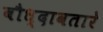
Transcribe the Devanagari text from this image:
बौध्दावतारे